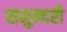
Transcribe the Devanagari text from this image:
समुन्दरी